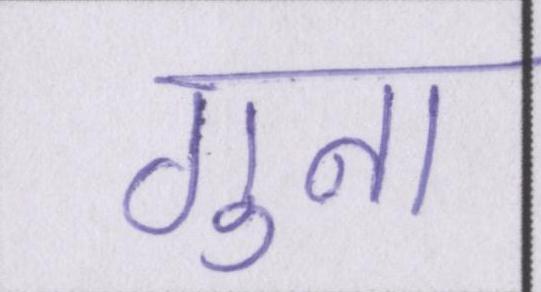
गुना